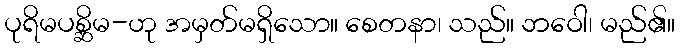
ပုရိမပစ္ဆိမ-ဟု အမှတ်မရှိသော။ စေတနာ၊ သည်။ ဘဝေါ၊ မည်၏။